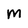
Character: M